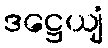
ဒဋ္ဌေယျံ